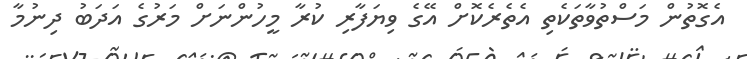
އެގޮތުން މަސްތުވާތަކެތި އެތެރެކޮށް އޭގެ ވިޔަފާރި ކުރާ މީހުންނަށް މަރުގެ އަދަބު ދިނުމާ